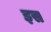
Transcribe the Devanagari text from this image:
इस